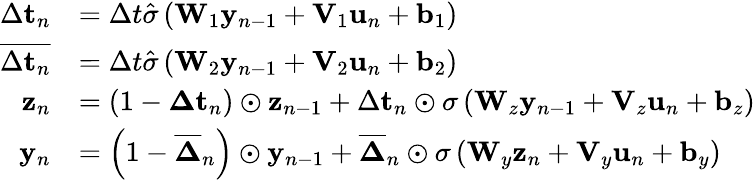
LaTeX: \begin{array}{rl}{\Delta\mathbf{t}_{n}}&{=\Delta t\hat{\sigma}\left(\mathbf{W}_{1}\mathbf{y}_{n-1}+\mathbf{V}_{1}\mathbf{u}_{n}+\mathbf{b}_{1}\right)}\\ {\overline{{\Delta\mathbf{t}_{n}}}}&{=\Delta t\hat{\sigma}\left(\mathbf{W}_{2}\mathbf{y}_{n-1}+\mathbf{V}_{2}\mathbf{u}_{n}+\mathbf{b}_{2}\right)}\\ {\mathbf{z}_{n}}&{=\left(1-\boldsymbol{\Delta}\mathbf{t}_{n}\right)\odot\mathbf{z}_{n-1}+\Delta\mathbf{t}_{n}\odot\sigma\left(\mathbf{W}_{z}\mathbf{y}_{n-1}+\mathbf{V}_{z}\mathbf{u}_{n}+\mathbf{b}_{z}\right)}\\ {\mathbf{y}_{n}}&{=\left(1-\overline{{\boldsymbol{\Delta}}}_{n}\right)\odot\mathbf{y}_{n-1}+\overline{{\boldsymbol{\Delta}}}_{n}\odot\sigma\left(\mathbf{W}_{y}\mathbf{z}_{n}+\mathbf{V}_{y}\mathbf{u}_{n}+\mathbf{b}_{y}\right)}\end{array}